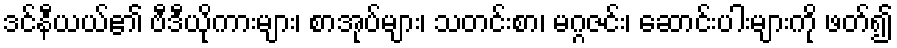
ဒင်နီယယ်၏ ဗီဒီယိုကားများ၊ စာအုပ်များ၊ သတင်းစာ၊ မဂ္ဂဇင်း၊ ဆောင်းပါးများကို ဖတ်၍